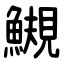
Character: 䲅